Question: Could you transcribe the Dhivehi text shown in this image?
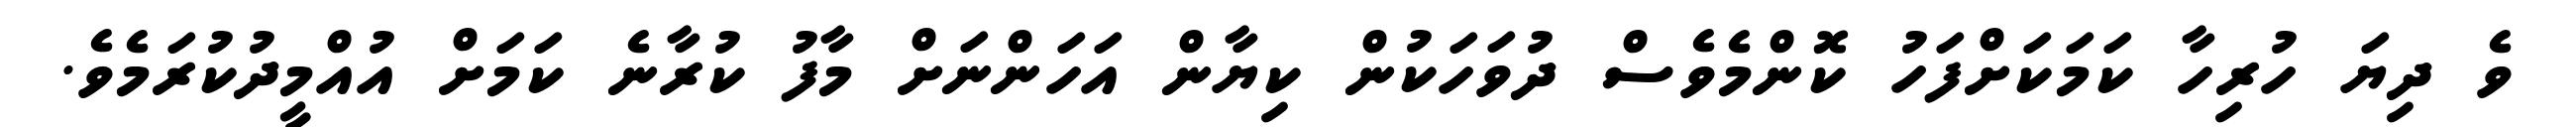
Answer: ވެ ދިޔަ ހުރިހާ ކަމަކަށްފަހު ކޮންމެވެސް ދުވަހަކުން ކިޔާން އަހަންނަށް މާފު ކުރާނެ ކަމަށް އުއްމީދުކުރަމެވެ.